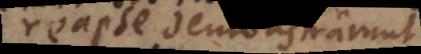
reapse demonstrarunt,